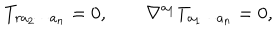
T _ { r a _ { 2 } \cdots a _ { n } } = 0 , \qquad \nabla ^ { a _ { 1 } } T _ { a _ { 1 } \cdots a _ { n } } = 0 ,